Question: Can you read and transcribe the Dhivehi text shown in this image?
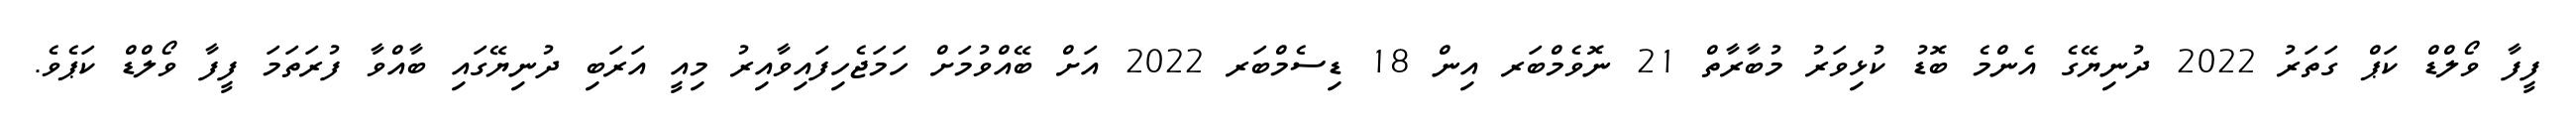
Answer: ފީފާ ވޯލްޑް ކަޕް ގަތަރު 2022 ދުނިޔޭގެ އެންމެ ބޮޑު ކުޅިވަރު މުބާރާތް 21 ނޮވެމްބަރ އިން 18 ޑިސެމްބަރ 2022 އަށް ބޭއްވުމަށް ހަމަޖެހިފައިވާއިރު މިއީ އަރަބި ދުނިޔޭގައި ބާއްވާ ފުރަތަމަ ފީފާ ވޯލްޑް ކަޕެވެ.